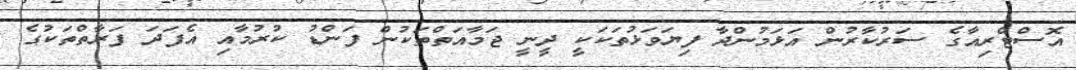
އޮސްޓްރިއާގެ ސަރުކާރުން އަޅަމުންދާ ފިޔަވަޅުތަކަކީ ދީނީ ޖަމާއަތްތަކުން ފަންޑު ކުރުމާއި އެފަދަ ފަރާތްތަކުގެ